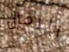
الزمان